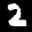
Label: 2